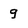
Character: 9